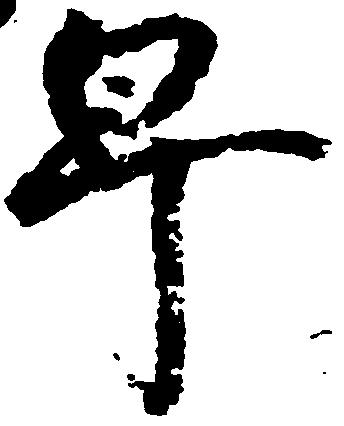
早